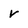
Character: r